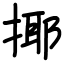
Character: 揶